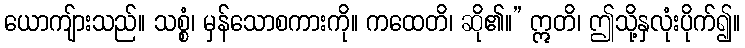
ယောကျ်ားသည်။ သစ္စံ၊ မှန်သောစကားကို။ ကထေတိ၊ ဆို၏။” ဣတိ၊ ဤသို့နှလုံးပိုက်၍။